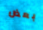
بعض